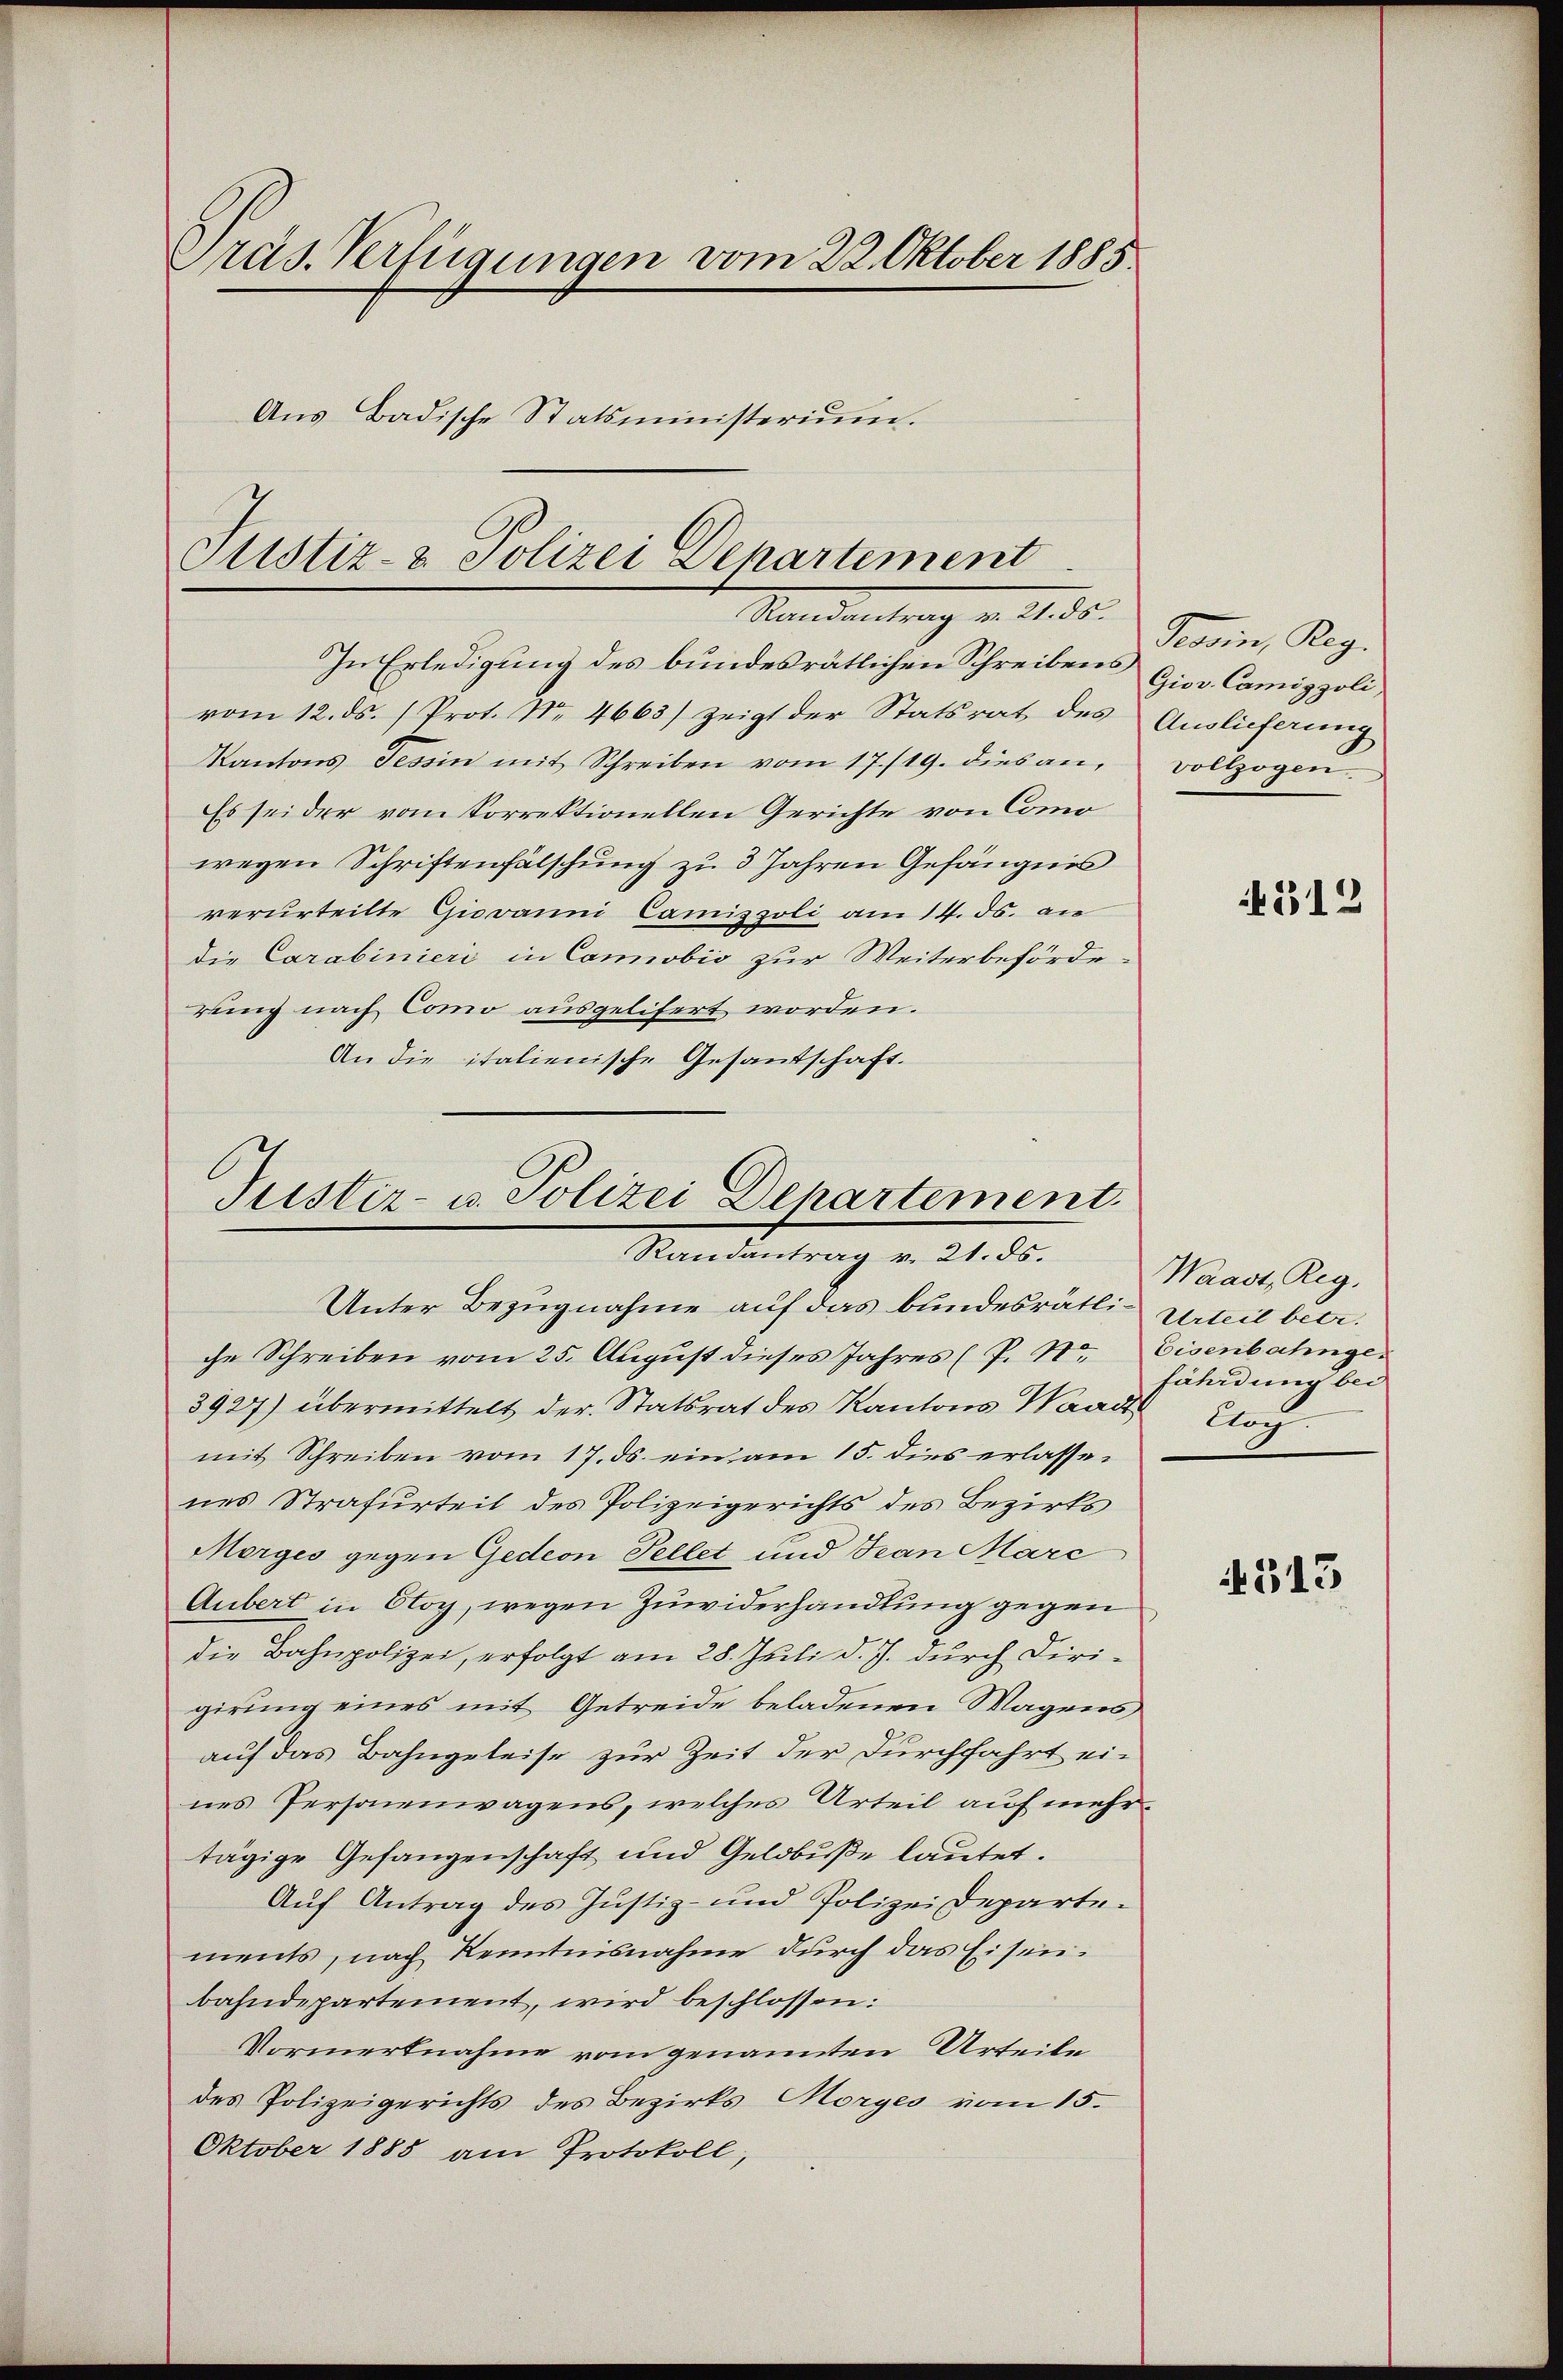
Pras. Verfügungen vom 22. Oktober 1885
Aus Badische Statsministerium.

Justiz- & Polizei Departement
Mandantung v. 14. ds.

In Erledigung des bundesrätlichen Schreibens Giov. Camiggoli,
vom 12. ds. (Prot. Nr. 4663) zeigt der Statsrat des
Kantons Tessin mit Schreiben vom 17./19. dies an,
Es sei der vom Korrektionellen Gerichte von Como
wegen Schriftenfälschung zu 3 Jahren Gefängnis
verurteilte Giovanni Camisoli am 14. ds. an
die Carabinieri in Canobis zur Weiterbeförderung nach Como ausgelifert worden.
An die italienische Gesandschaft.

Justiz- u. Polizei Departement.
Randantrag v. 21. ds.

Unter Bezugnahme auf das bundesrätli- Urteil betr.
che Schreiben vom 25. August dieses Jahres (P. Nr. Eisenbahnge-
3927) übermittelt der Statsrat des Kantons Waadt Log
mit Schreiben vom 17. ds. ein am 15. dies erlassenes Strafurteil des Polizeigerichts des Bezirks
Merges gegen Gedeon Fellet und Tean Marc
Aubert in Oloy, wegen Zuwiderhandlung gegen
Die Bahnpolizei, erfolgt am 28. Juli d. J. durch Dirigirung eines mit Getreide beladenen Wagens
auf das Bahngeleise zur Zeit der Durchfahrt eines Personenwagens, welches Urteil auf mehrtägige Gefangenschaft und Geldbuße lautet.
Auf Antrag des Justiz- und Polizeidepartements, nach Kenntnisnahme durch das Eisenbahndepartement, wird beschlossen:
Vormerknahme vom genannten Urteile
des Polizeigerichts des Bezirks Morges vom 15.
Oktober 1885 am Protokoll,

Tessin, Reg.
Auslieferung
vollzogen.

312

Waadt, Reg.
fährdung bei

513